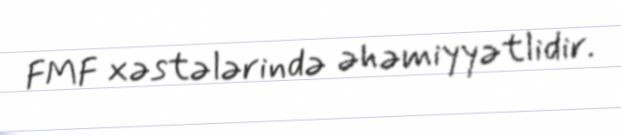
FMF xəstələrində əhəmiyyətlidir.